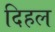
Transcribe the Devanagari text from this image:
दिहल